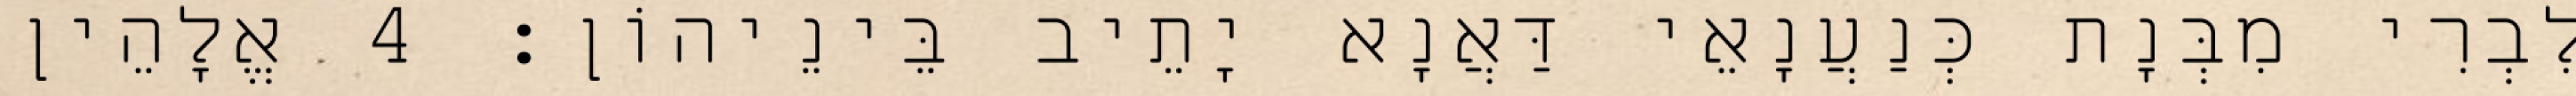
לִבְרִי מִבְּנָת כְּנַעֲנָאֵי דַּאֲנָא יָתֵיב בֵּינֵיהוֹן׃ 4 אֱלָהֵין